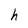
Character: h